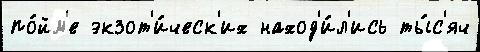
по́йм'е экзот'и́ческ'их наход'и́л'ись ты́с'яч